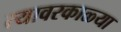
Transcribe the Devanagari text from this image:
त्यावरकाळ्या